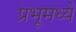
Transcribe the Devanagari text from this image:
प्रभूमध्ये